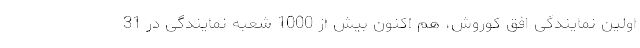
اولین نمایندگی افق کوروش، هم اکنون بیش از 1000 شعبه نمایندگی در 31